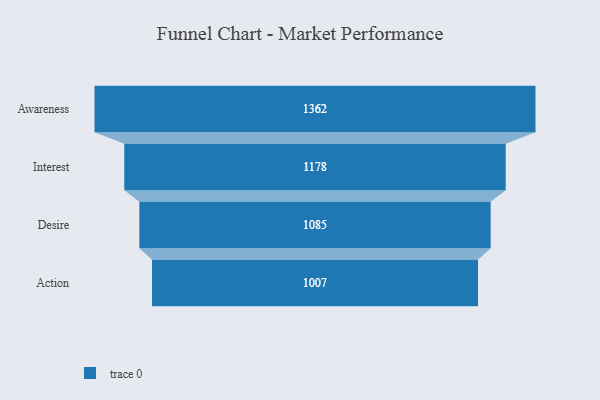
{"axis": {"x": "Stage", "y": "Value"}, "legend": [""], "data": [{"x": "Awareness", "y": 1362.0, "type": ""}, {"x": "Interest", "y": 1178.0, "type": ""}, {"x": "Desire", "y": 1085.0, "type": ""}, {"x": "Action", "y": 1007.0, "type": ""}]}